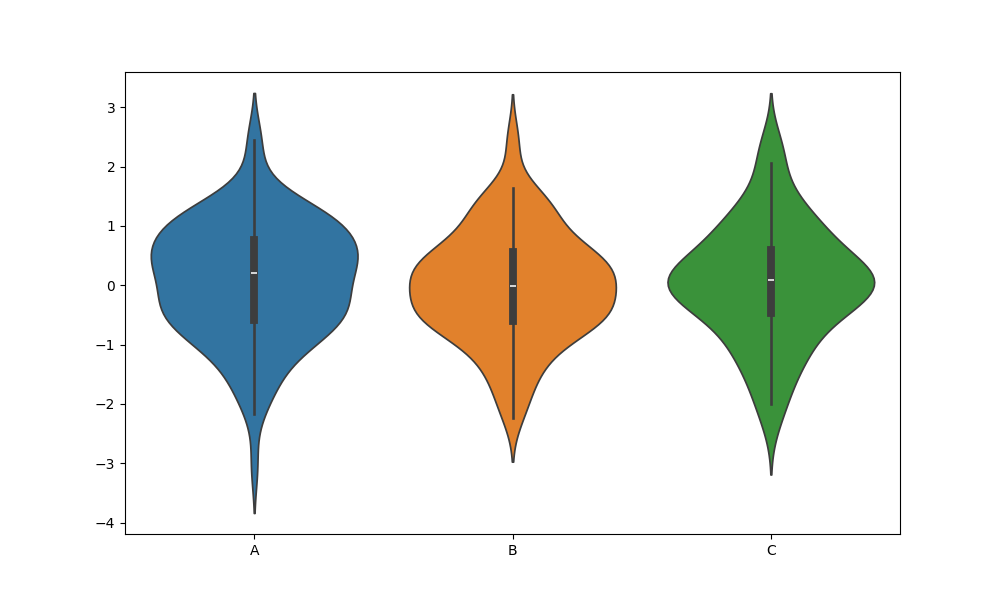
python, seaborn, violinplot, scale='width', split='False', inner='box', fill='True'